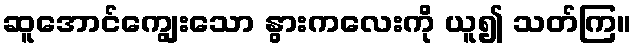
ဆူအောင်ကျွေးသော နွားကလေးကို ယူ၍ သတ်ကြ။